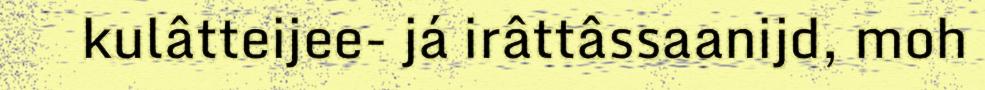
kulâtteijee- já irâttâssaanijd, moh